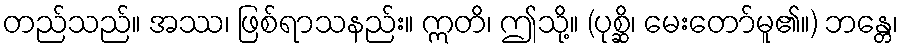
တည်သည်။ အဿ၊ ဖြစ်ရာသနည်း။ ဣတိ၊ ဤသို့။ (ပုစ္ဆိ၊ မေးတော်မူ၏။) ဘန္တေ၊